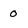
Character: 0